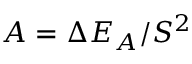
A = \Delta E _ { A } / S ^ { 2 }